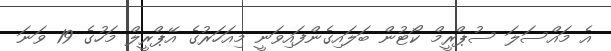
އެ މައްސަލަ ސުޕްރީމް ކޯޓުން ބަލައިގެންފައިވަނީ މިއަހަރުގެ އޭޕްރީލް މަހުގެ 19 ވަނަ